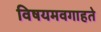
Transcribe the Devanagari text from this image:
विषयमवगाहते